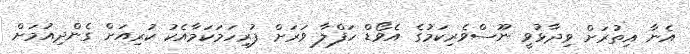
އެނާ އިތުރަށް ވިދާޅުވީ ނޫސްވެރިކަމުގެ އެވޯޑް ހަފްލާ ވަރަށް ފުރިހަމަކަމާއެކު ކުރިއަށް ގެންދިއުމަށް